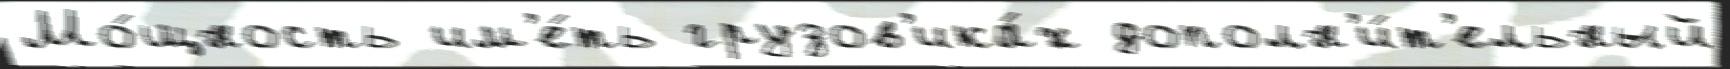
Мо́щность им'е́ть грузов'ика́х дополн'и́т'ельный